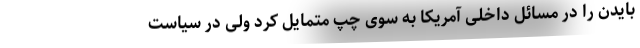
بایدن را در مسائل داخلی آمریکا به سوی چپ متمایل کرد ولی در سیاست